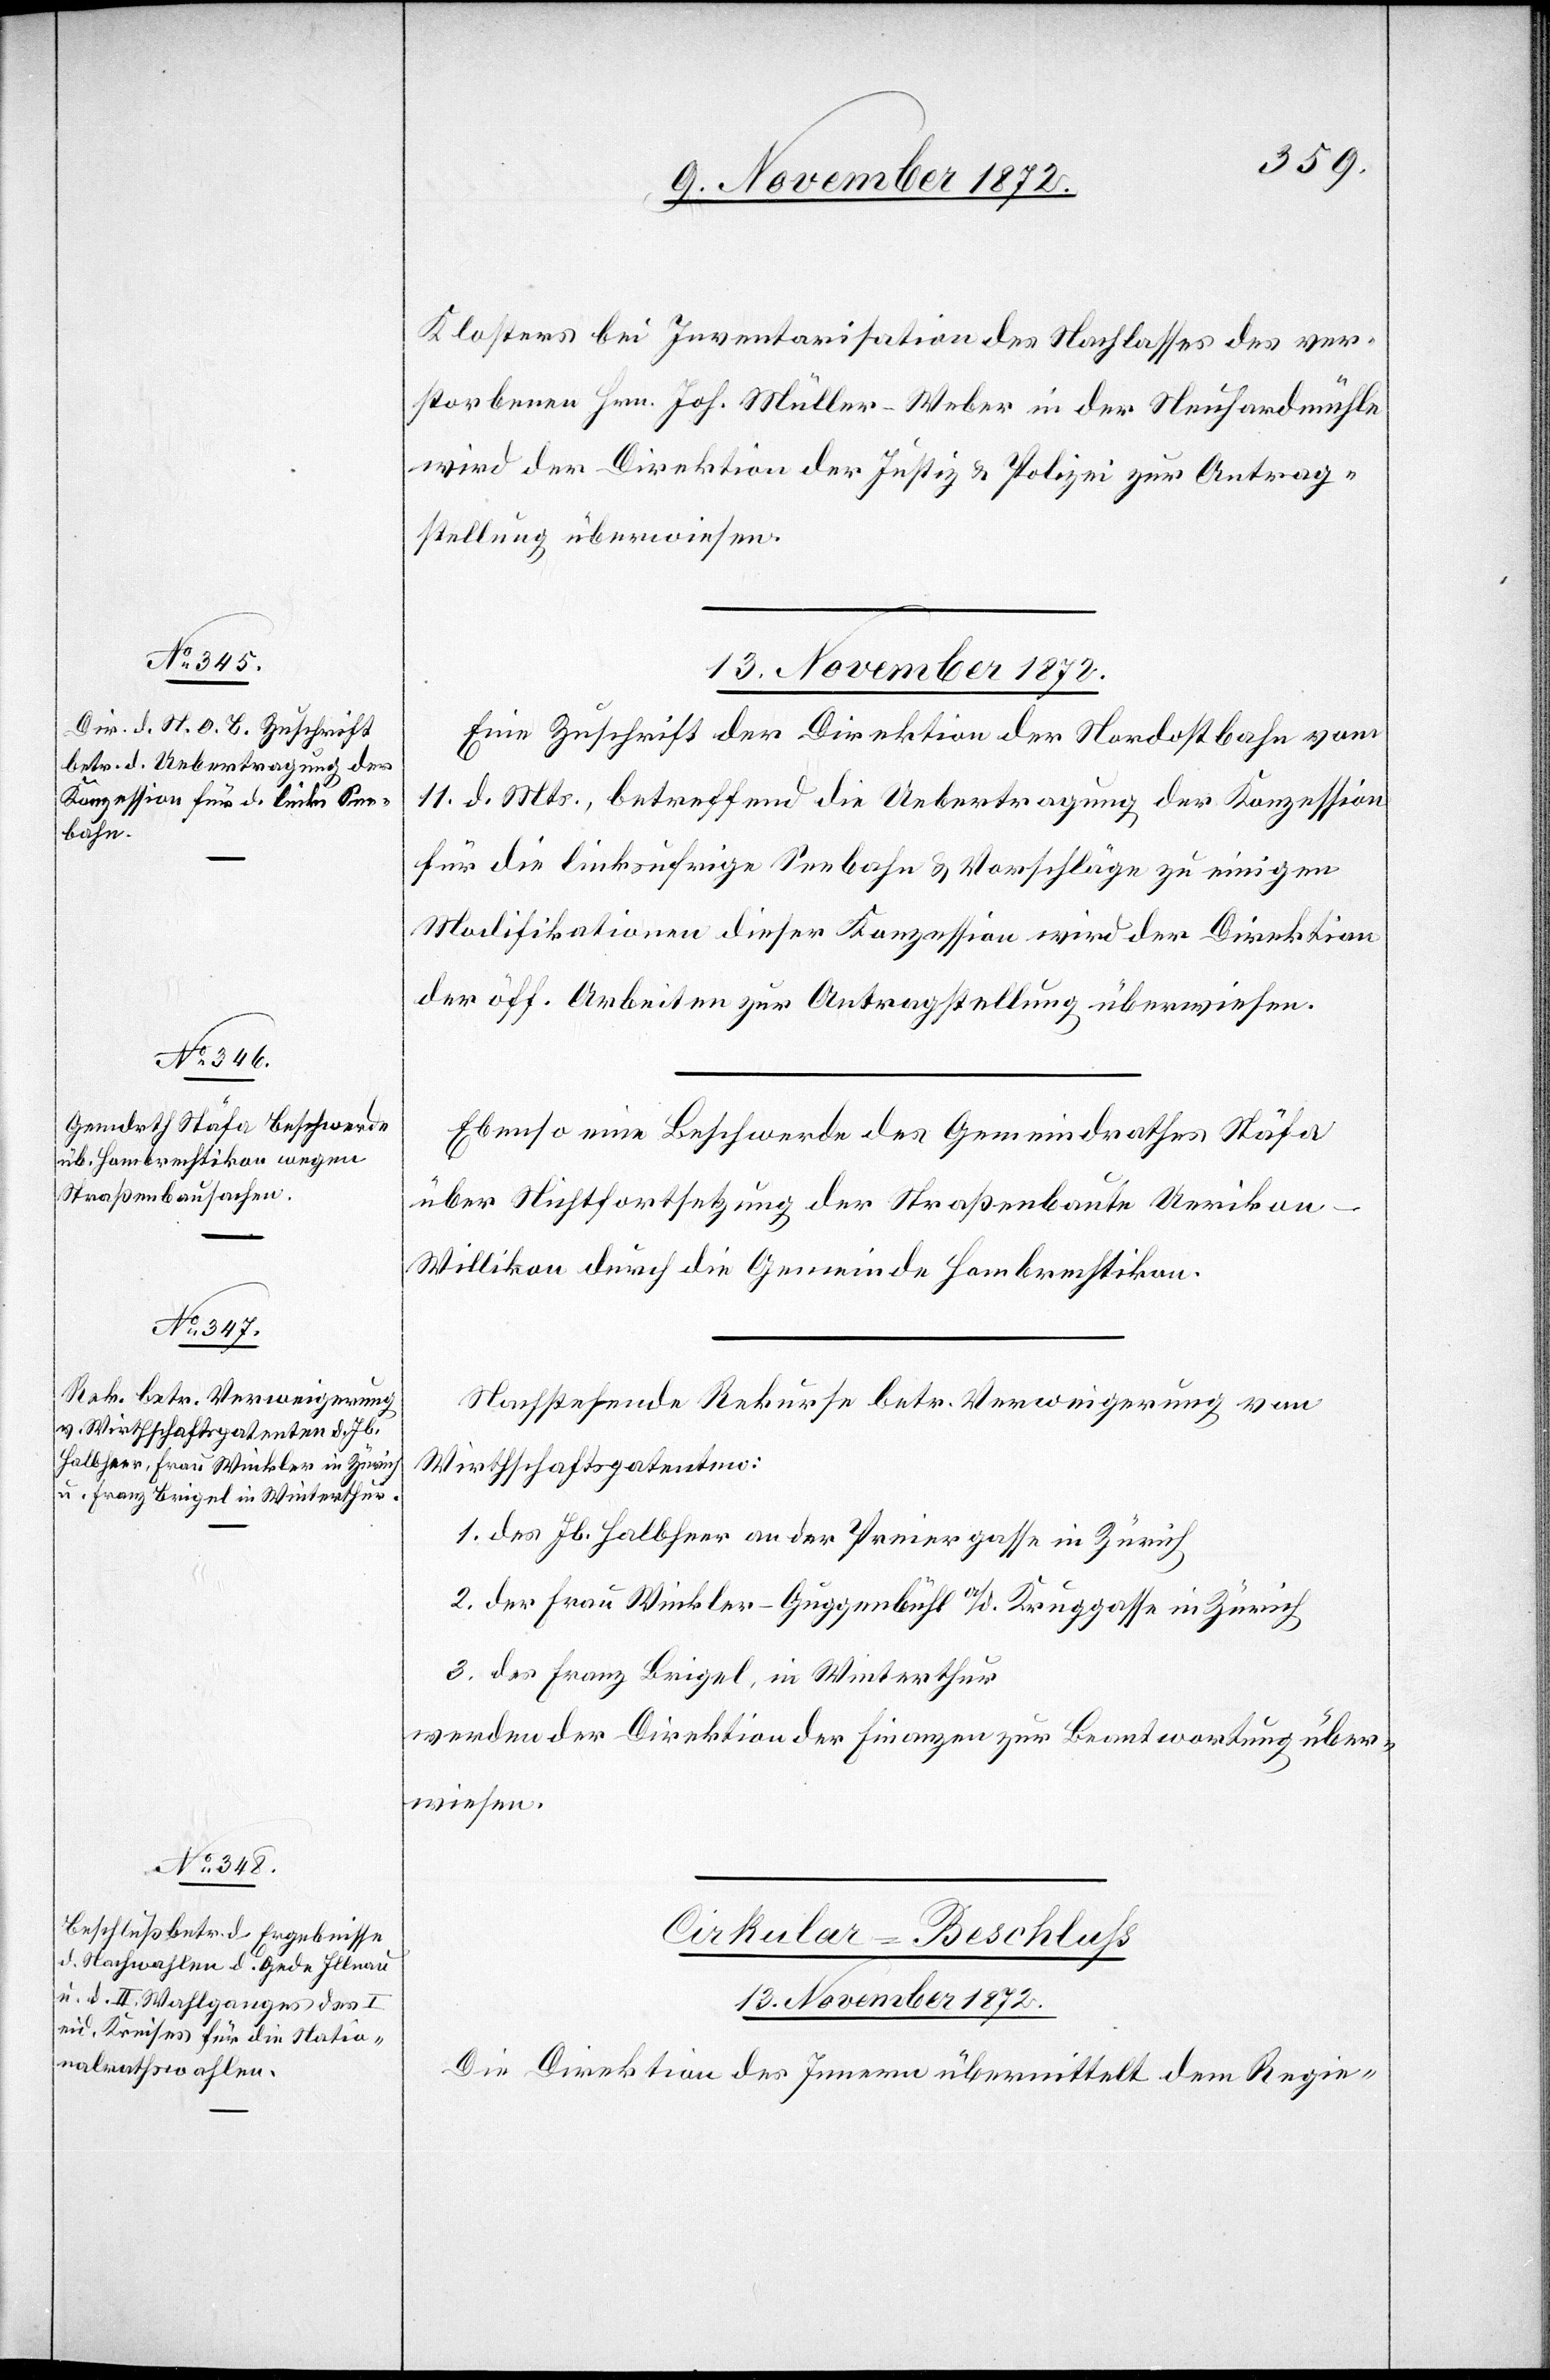
Klosters bei Inventarisation des Nachlasses des ver¬
storbenen Hrn. Joh. Müller-Weber in der Neuhardmühle
wird der Direktion der Justiz u. Polizei zur Antrag¬
stellung überwiesen.
13. November 1872.]
Eine Zuschrift der Direktion der Nordostbahn vom
11. d. Mts., betreffend die Uebertragung der Konzession
für die linksufrige Seebahn u. Vorschläge zu einigen
Modifikationen dieser Konzession wird der Direktion
der öff. Arbeiten zur Antragstellung überwiesen.
Ebenso eine Beschwerde des Gemeindrathes Stäfa
über Nichtfortsetzung der Straßenbaute Uerikon–W¬
illikon durch die Gemeinde Hombrechtikon.
Nachstehende Rekurse betr. Verweigerung von
Wirthschaftspatenten:
1. des Jb. Halbheer an der Preiergasse in Zürich
2. der Frau Winkler-Guggenbühl a/d. Kruggasse in Zürich
3. des Franz Brigel, in Winterthur
werden der Direktion der Finanzen zur Beantwortung über¬
wiesen.
Cirkular-Beschluss
13. November 1872.
Die Direktion des Innern übermittelt dem Regie-